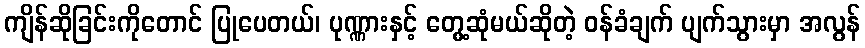
ကျိန်ဆိုခြင်းကိုတောင် ပြုပေတယ်၊ ပုဏ္ဏားနှင့် တွေ့ဆုံမယ်ဆိုတဲ့ ဝန်ခံချက် ပျက်သွားမှာ အလွန်